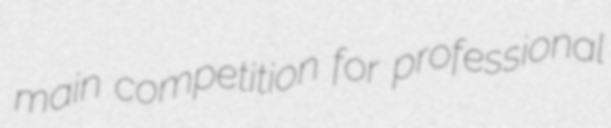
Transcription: main competition for professional